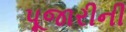
પૂજારીની